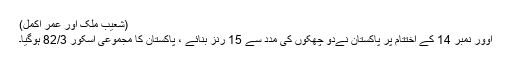
(شعیب ملک اور عمر اکمل)
اوور نمبر 14 کے اختتام پر پاکستان نےدو چھکوں کی مدد سے 15 رنز بنائے ، پاکستان کا مجموعی اسکور 82/3 ہوگیا۔